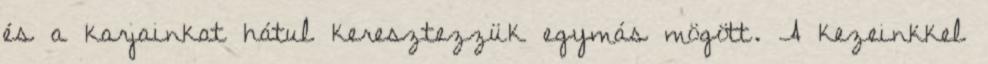
és a karjainkat hátul keresztezzük egymás mögött. A kezeinkkel